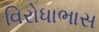
વિરોધાભાસ